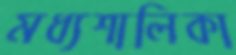
মধ্যশালিকা